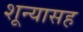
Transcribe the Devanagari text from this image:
शून्यासह